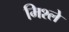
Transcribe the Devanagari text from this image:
मिश्ले